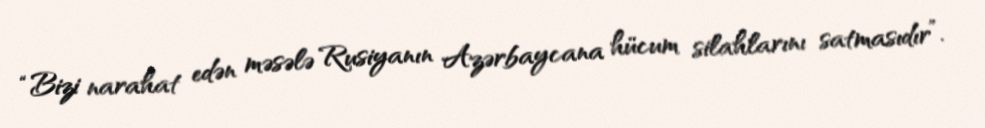
“Bizi narahat edən məsələ Rusiyanın Azərbaycana hücum silahlarını satmasıdır”.